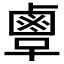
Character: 𪉞